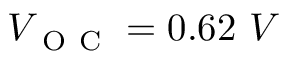
V _ { \mathrm { ~ O ~ C ~ } } = 0 . 6 2 \ V